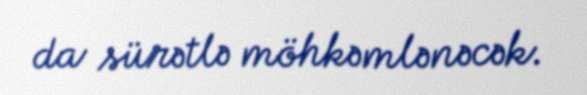
da sürətlə möhkəmlənəcək.